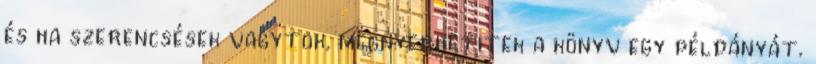
és ha szerencsések vagytok, megnyerhetitek a könyv egy példányát.